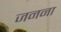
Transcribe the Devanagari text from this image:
जनना